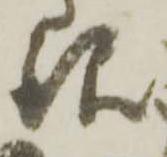
銀